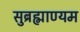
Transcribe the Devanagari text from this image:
सुब्रह्माण्यम